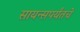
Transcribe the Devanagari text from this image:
सायन्सपर्यंतचे